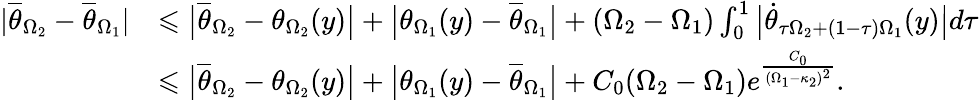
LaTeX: \begin{array}{rl}{|\overline{\theta}_{\Omega_{2}}-\overline{\theta}_{\Omega_{1}}|}&{\leqslant\big|\overline{\theta}_{\Omega_{2}}-\theta_{\Omega_{2}}(y)\big|+\big|\theta_{\Omega_{1}}(y)-\overline{\theta}_{\Omega_{1}}\big|+(\Omega_{2}-\Omega_{1})\int_{0}^{1}\big|\dot{\theta}_{\tau\Omega_{2}+(1-\tau)\Omega_{1}}(y)\big|d\tau}\\ &{\leqslant\big|\overline{\theta}_{\Omega_{2}}-\theta_{\Omega_{2}}(y)\big|+\big|\theta_{\Omega_{1}}(y)-\overline{\theta}_{\Omega_{1}}\big|+C_{0}(\Omega_{2}-\Omega_{1})e^{\frac{C_{0}}{(\Omega_{1}-\kappa_{2})^{2}}}.}\end{array}